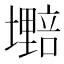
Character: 𫮷